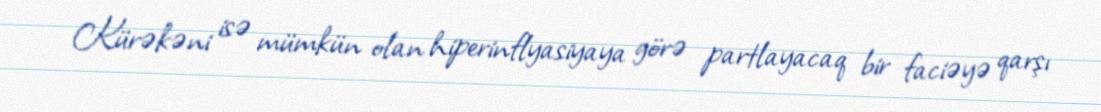
Kürəkəni isə mümkün olan hiperinflyasiyaya görə partlayacaq bir faciəyə qarşı